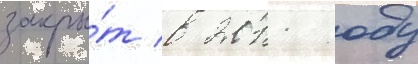
закры́т в 2011 году